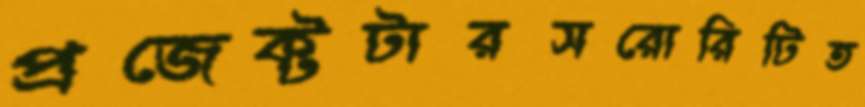
প্রজেক্টটারসরোরিটিত